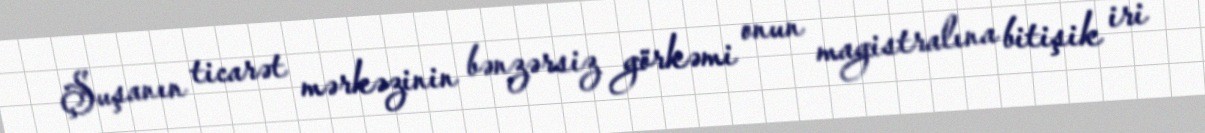
Şuşanın ticarət mərkəzinin bənzərsiz görkəmi onun magistralına bitişik iri